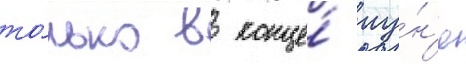
то́лько в конце́ иу́н'я